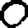
Digit: 0